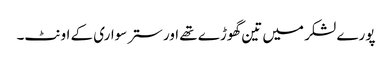
پورے لشکر میں تین گھوڑے تھے اور ستر سواری کے اونٹ۔